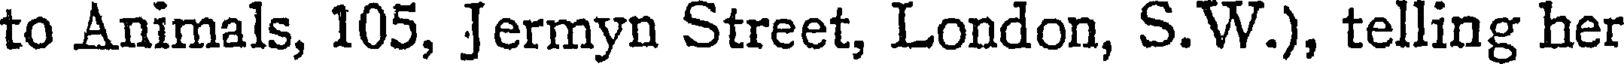
to Animals, 105, Jermyn Street, London, S.W.), telling her